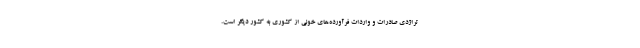
تراژدی صادرات و واردات فرآورده‌های خونی از کشوری به کشور دیگر است.